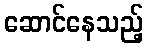
ဆောင်နေသည့်